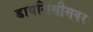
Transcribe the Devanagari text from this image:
डायलिसीसवर